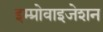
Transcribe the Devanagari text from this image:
इम्प्रोवाइजेशन